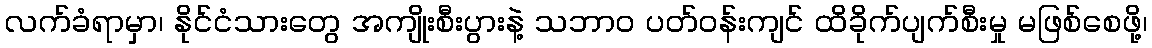
လက်ခံရာမှာ၊ နိုင်ငံသားတွေ အကျိုးစီးပွားနဲ့ သဘာ၀ ပတ်ဝန်းကျင် ထိခိုက်ပျက်စီးမှု မဖြစ်စေဖို့၊